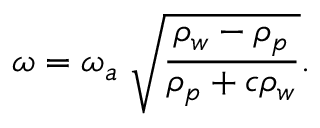
\omega = \omega _ { a } \; \sqrt { \frac { \rho _ { w } - \rho _ { p } } { \rho _ { p } + c \rho _ { w } } } .